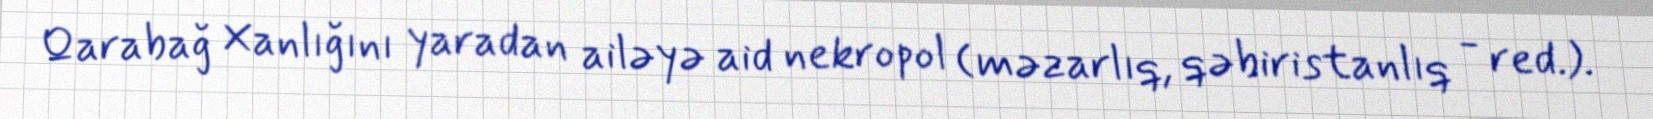
Qarabağ Xanlığını yaradan ailəyə aid nekropol (məzarlıq, qəbiristanlıq - red.).